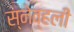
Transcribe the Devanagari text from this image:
स्नेव्हली